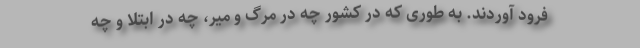
فرود آوردند. به طوری که در کشور چه در مرگ و میر، چه در ابتلا و چه